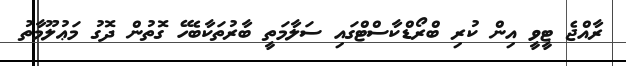
ރާއްޖެ ޓީވީ އިން ކުރި ބްރޯޑްކާސްޓްގައި ސަލާމަތީ ބާރުތަކާބެހޭ ގޮތުން ދޮގު މަޢުލޫމާތު